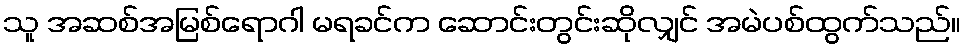
သူ အဆစ်အမြစ်ရောဂါ မရခင်က ဆောင်းတွင်းဆိုလျှင် အမဲပစ်ထွက်သည်။